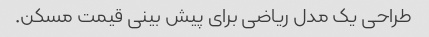
طراحی یک مدل ریاضی برای پیش بینی قیمت مسکن.